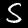
Digit: 5